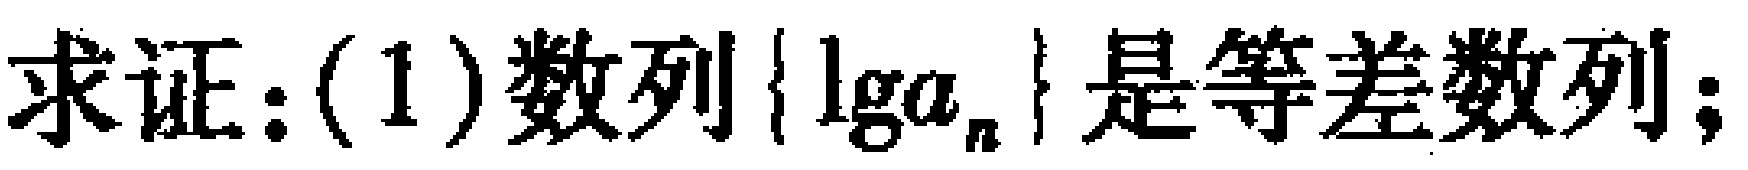
求证：(1)数列\(\{\lg a_{n}\}\)是等差数列；